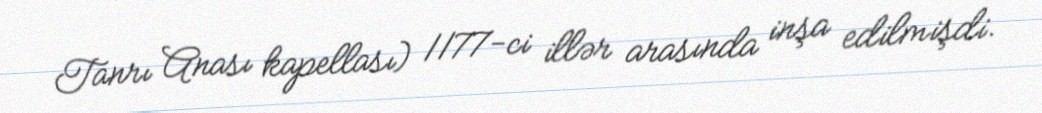
Tanrı Anası kapellası) 1177-ci illər arasında inşa edilmişdi.